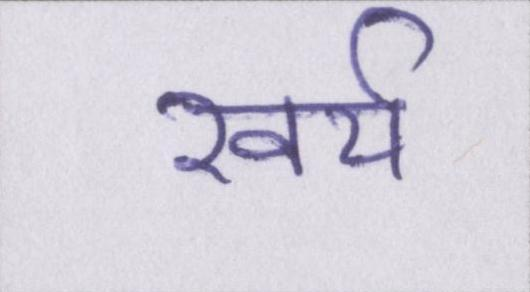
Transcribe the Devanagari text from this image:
खर्च